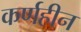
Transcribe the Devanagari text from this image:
कर्णहीन